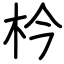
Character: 枔